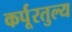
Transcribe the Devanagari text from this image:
कर्पूरतुल्य